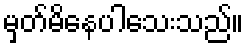
မှတ်မိနေပါသေးသည်။